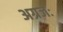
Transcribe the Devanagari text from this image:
अग्रजः